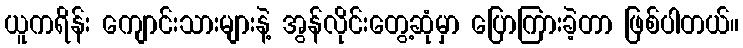
ယူကရိန်း ကျောင်းသားများနဲ့ အွန်လိုင်းတွေ့ဆုံမှာ ပြောကြားခဲ့တာ ဖြစ်ပါတယ်။